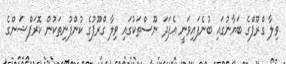
ވިލާ ގްރޫޕްގެ ބަޔާނުގައި ބުނެފައިވަނީ އެފަދަ ނޫސްތަކުގައި ވިލާ ގްރޫޕުގެ ކުންފުނިތަކުން ކޮރަޕްޝަންގެ